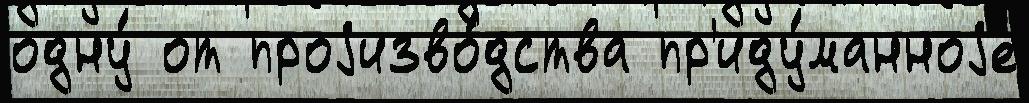
одну́ от проjизво́дства пр'иду́манноjе